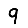
Digit: 9